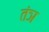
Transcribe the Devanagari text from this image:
तंञ